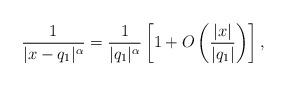
LaTeX: \begin{align*}\frac1{|x-q_1|^\alpha} =\frac1{|q_1|^\alpha}\left[1+O\left(\frac{|x|}{|q_1|}\right) \right],\end{align*}